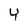
Character: Y